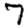
Digit: 7